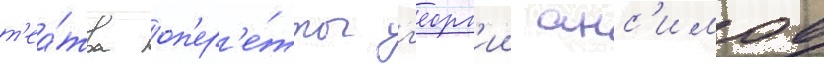
т'еа́тра оп'ер'е́тты г'еорг'ии анс'имов